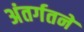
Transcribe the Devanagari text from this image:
अंतर्गतने